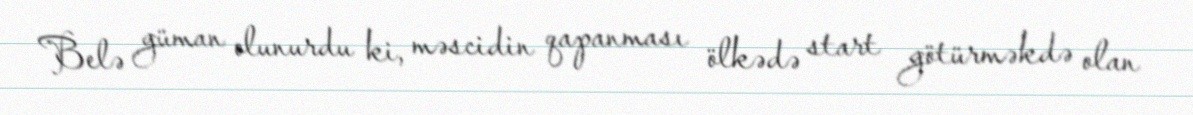
Belə güman olunurdu ki, məscidin qapanması ölkədə start götürməkdə olan